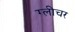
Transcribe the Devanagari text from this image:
ग्लीचर